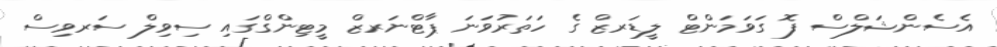
އެސެންޝަލްސް ފޮ ގަވަމަންޓް ލީޑަރޒް ގެ ހަތަރުވަނަ ޕާޓްނަރޒް މީޓިންގްގައި ސިވިލް ސަރވިސް